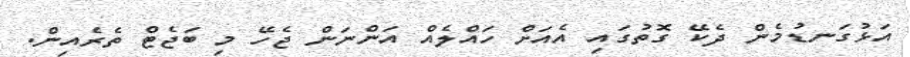
އަޅުގަނޑުމެން ދެކޭ ގޮތުގައި އެއަށް ހައްލެއް އަންނަން ޖެހޭ މި ބަޖެޓް ތެރެއިން.